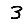
Digit: 3